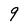
Character: 9